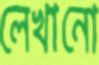
লেখানো